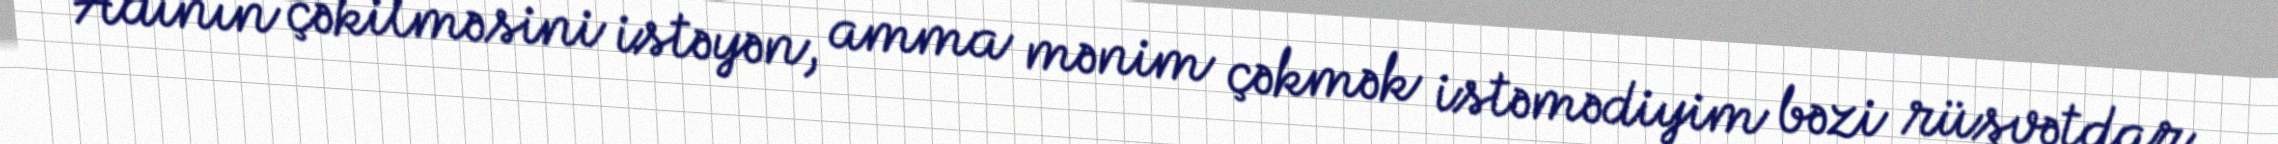
Adının çəkilməsini istəyən, amma mənim çəkmək istəmədiyim bəzi rüşvətdar